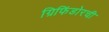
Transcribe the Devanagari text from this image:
ग्रिफिंडोरची